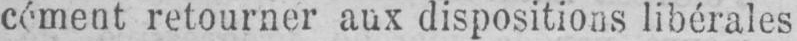
cément retourner aux dispositions libérales